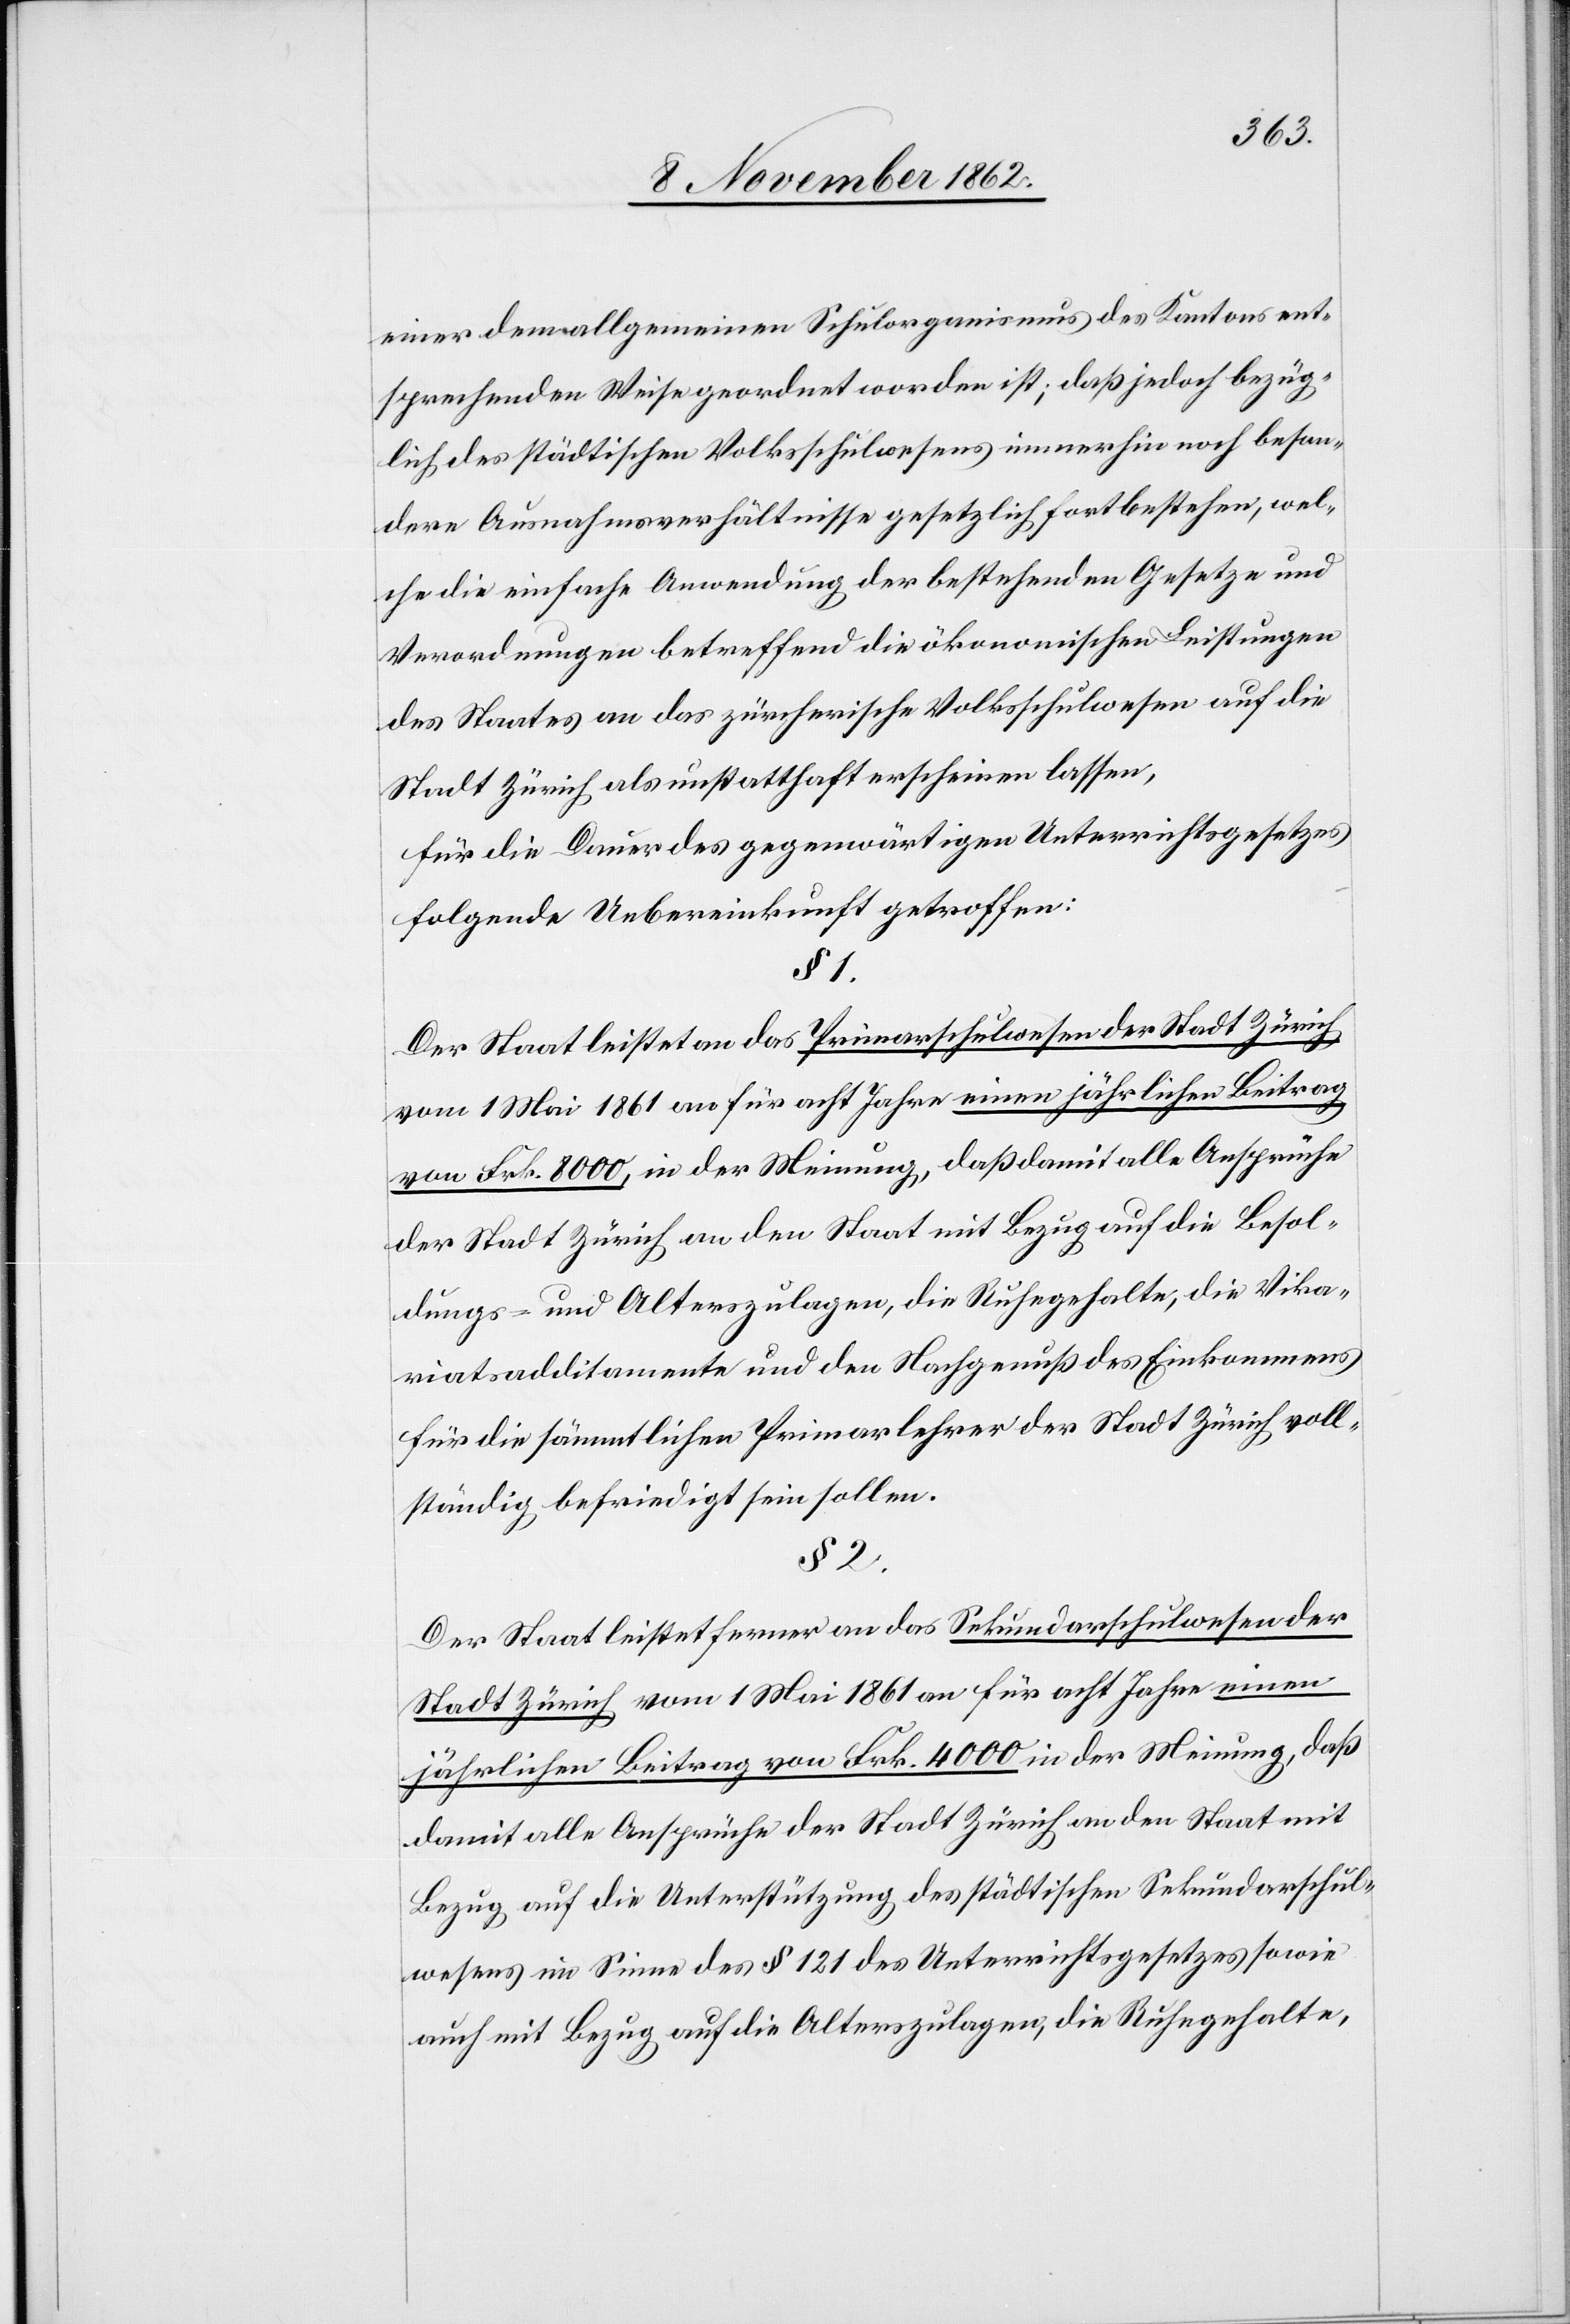
einer dem allgemeinen Schulorganismus des Kantons ent¬
sprechenden Weise geordnet worden ist; daß jedoch bezüg¬
lich des städtischen Volksschulwesens immerhin noch beson¬
dere Ausnahmsverhältnisse gesetzlich fortbestehen, wel¬
che die einfache Anwendung der bestehenden Gesetze und
Verordnungen betreffend die ökonomischen Leistungen
des Staates an das zürcherische Volksschulwesen auf die
Stadt Zürich als unstatthaft erscheinen lassen,
für die Dauer des gegenwärtigen Unterrichtsgesetzes
folgende Uebereinkunft getroffen:
§ 1.
Der Staat leistet an das Privatschulwesen der Stadt Zürich
vom 1. Mai 1861 an für acht Jahre einen jährlichen Beitrag
von Frk. 8000, in der Meinung, daß damit alle Ansprüche
der Stadt Zürich an den Staat mit Bezug auf die Besol¬
dungs- und Alterszulagen, die Ruhegehalte, die Vika¬
riatsadditamente und den Nachgenuß des Einkommens
für die sämmtlichen Primarlehrer der Stadt Zürich voll¬
ständig befriedigt sein sollen.
§ 2.
Der Staat leistet ferner an das Sekundarschulwesen der
Stadt Zürich vom 1. Mai an für acht Jahre einen
jährlichen Beitrag von Frk. 4000 in der Meinung, daß
damit alle Ansprüche der Stadt Zürich an den Staat mit
Bezug auf die Unterstützung des städtischen Sekundarschul¬
wesens im Sinne des § 121 des Unterrichtsgesetzes sowie
auch mit Bezug auf die Alterszulagen, die Ruhegehalte,